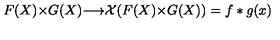
F ( X ) { \times } G ( X ) { \longrightarrow } { \cal X } ( F ( X ) { \times } G ( X ) ) = f * g ( x )